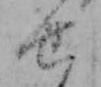
せ